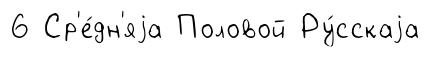
6 Ср'е́дн'яjа Половой Ру́сскаjа